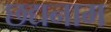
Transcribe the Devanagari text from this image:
छद्यनाम